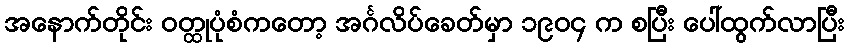
အနောက်တိုင်း ဝတ္ထုပုံစံကတော့ အင်္ဂလိပ်ခေတ်မှာ ၁၉၀၄ က စပြီး ပေါ်ထွက်လာပြီး